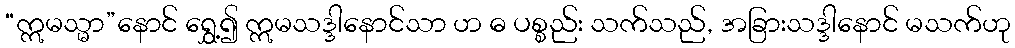
“ဣမသ္မာ”နောင် ရွှေ့၍ ဣမသဒ္ဒါနောင်သာ ဟ ဓ ပစ္စည်း သက်သည်, အခြားသဒ္ဒါနောင် မသက်ဟု